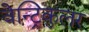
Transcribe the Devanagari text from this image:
वेन्ट्रिकुलर